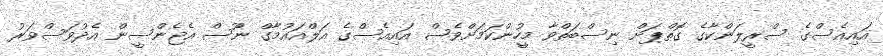
އައިއެސްގެ ސްރީލަންކާގެ ގޮތްޕަށް ނިސްބަތްވާ މީހުންކަމަށްވެސް އައިއެސްގެ އަލްއައުމާގް ނޫސް އެޖެންސީން އެދުވަސްވަރު